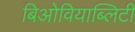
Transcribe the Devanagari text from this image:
बिओवियाब्लिटी